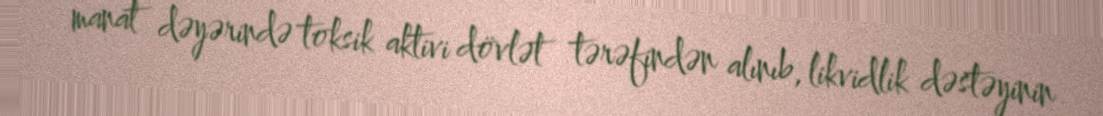
manat dəyərində toksik aktivi dövlət tərəfindən alınıb, likvidlik dəstəyinin